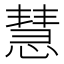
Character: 慧